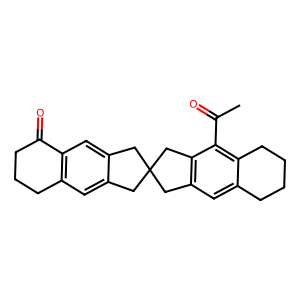
SMILES: CC(=O)c1c2c(cc3c1CC1(Cc4cc5c(cc4C1)C(=O)CCC5)C3)CCCC2
Inhibits HIV replication: No